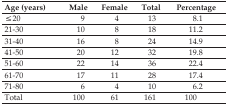
<table><thead><tr><td><b>Age (years)</b></td><td><b>Male</b></td><td><b>Female</b></td><td><b>Total</b></td><td><b>Percentage</b></td></tr></thead><tbody><tr><td>≤20</td><td>9</td><td>4</td><td>13</td><td>8.1</td></tr><tr><td>21–30</td><td>10</td><td>8</td><td>18</td><td>11.2</td></tr><tr><td>31–40</td><td>16</td><td>8</td><td>24</td><td>14.9</td></tr><tr><td>41–50</td><td>20</td><td>12</td><td>32</td><td>19.8</td></tr><tr><td>51–60</td><td>22</td><td>14</td><td>36</td><td>22.4</td></tr><tr><td>61–70</td><td>17</td><td>11</td><td>28</td><td>17.4</td></tr><tr><td>71–80</td><td>6</td><td>4</td><td>10</td><td>6.2</td></tr><tr><td>Total</td><td>100</td><td>61</td><td>161</td><td>100</td></tr></tbody></table>